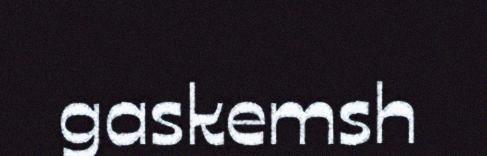
gaskemsh